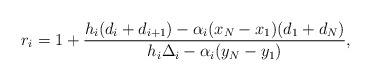
\begin{align*}r_i = 1 + \frac{h_i(d_i + d_{i+1}) - \alpha_i (x_N - x_1) (d_1 +d_N)}{h_i \Delta_i - \alpha_i (y_N - y_1)},\end{align*}